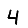
Digit: 4